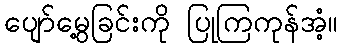
ပျော်မွေ့ခြင်းကို ပြုကြကုန်အံ့။